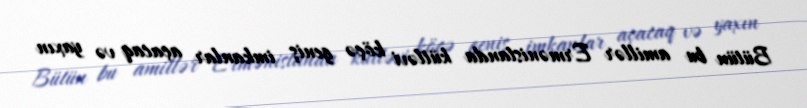
Bütün bu amillər Ermənistanda kütləvi köçə geniş imkanlar açacaq və yaxın